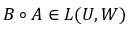
B \circ A \in L ( U , W )